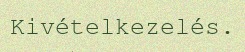
Kivételkezelés.